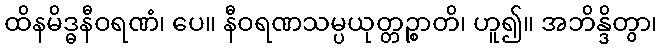
ထိနမိဒ္ဓနီဝရဏံ၊ ပေ။ နီဝရဏသမ္ပယုတ္တဉ္စာတိ၊ ဟူ၍။ အဘိန္ဒိတွာ၊